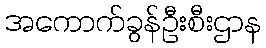
အကောက်ခွန်ဦးစီးဌာန